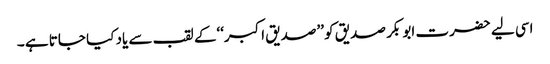
اسی لیے حضرت ابو بکر صدیق کو ’’صدیق اکبر‘‘کے لقب سے یاد کیا جاتا ہے ۔